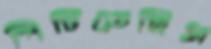
পিটিতেছিস